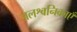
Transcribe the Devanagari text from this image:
जलश्वनिकाएँ